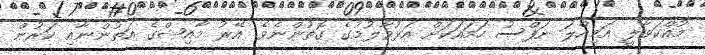
މުއްކަވާލީ އަމިއްލަ ނަފްސު ހަމައަކަށް އަޅުވާލުމުގެ ގޮތުންނެވެ. އޭރު މާއިޝްގެ އަތުންނާއި ކަރުން